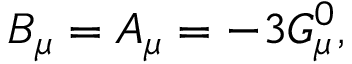
B _ { \mu } = A _ { \mu } = - 3 G _ { \mu } ^ { 0 } ,